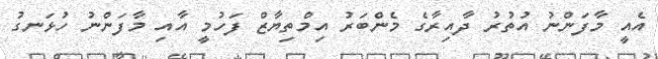
އެއީ މާފަންނު އުުތުރު ދާއިރާގެ މެންބަރު އިމްތިޔާޒް ފަހުމީ އާއި މާފަންނު ހުޅަނގު